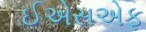
ઈએસએફ